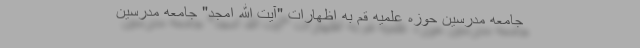
جامعه مدرسین حوزه علمیه قم به اظهارات "آیت الله امجد" جامعه مدرسین